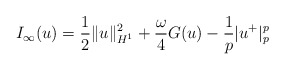
\begin{align*}I_{\infty}(u)=\frac{1}{2}\|u\|_{H^{1}}^{2}+\frac{\omega}{4}G(u)-\frac{1}{p}|u^{+}|_{p}^{p}\end{align*}